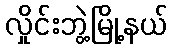
လှိုင်းဘွဲ့မြို့နယ်